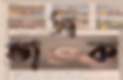
ভাসক